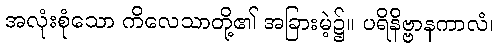
အလုံးစုံသော ကိလေသာတို့၏ အခြားမဲ့၌။ ပရိနိဗ္ဗာနကာလံ၊